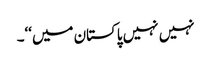
نہیں نہیں پاکستان میں‘‘۔